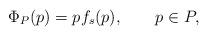
LaTeX: \begin{align*}\Phi_P(p)=pf_s(p), \qquad p\in P,\end{align*}